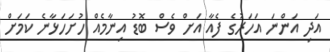
އަދި އަންނަ އަހަރުގެ ފެއާ އަށް ވެސް ބޮޑު އިނާމެއް ހުށަހަޅާނެ ކަމަށް